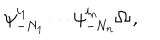
\psi _ { - N _ { 1 } } ^ { i _ { 1 } } \cdots \psi _ { - N _ { n } } ^ { i _ { n } } \Omega \, ,